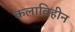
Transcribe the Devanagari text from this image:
कलाविहीन